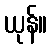
ယုန်။